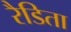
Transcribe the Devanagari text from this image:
रैडिता